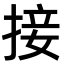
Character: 接